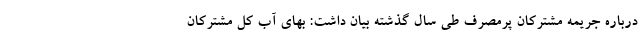
درباره جریمه مشترکان پرمصرف طی سال گذشته بیان داشت: بهای آب کل مشترکان